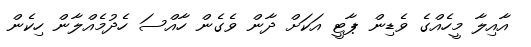
އާއިލާ މީހެއްގެ ވެޑިން ޕާޓީ އަކަށް ދާން ވެގެން ހާއްސަ ހެދުމެއްލާން ހިކެން